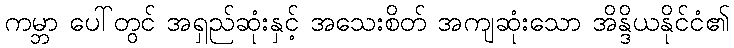
ကမ္ဘာ ပေါ်တွင် အရှည်ဆုံးနှင့် အသေးစိတ် အကျဆုံးသော အိန္ဒိယနိုင်ငံ၏